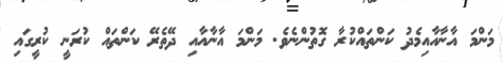
މަންމަ އާނާއާއިމެދު ކަންތައްކުރާ ގޮތުންނެވެ. މަންމަ އާނާއާއި ދޭތެރޭ ކަންތައް ކުރަނީ ކުރީގައި